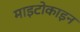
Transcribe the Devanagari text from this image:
माइटोकाइन